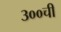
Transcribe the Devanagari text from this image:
३००ची